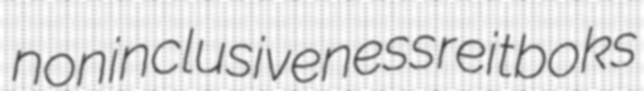
noninclusiveness reitboks